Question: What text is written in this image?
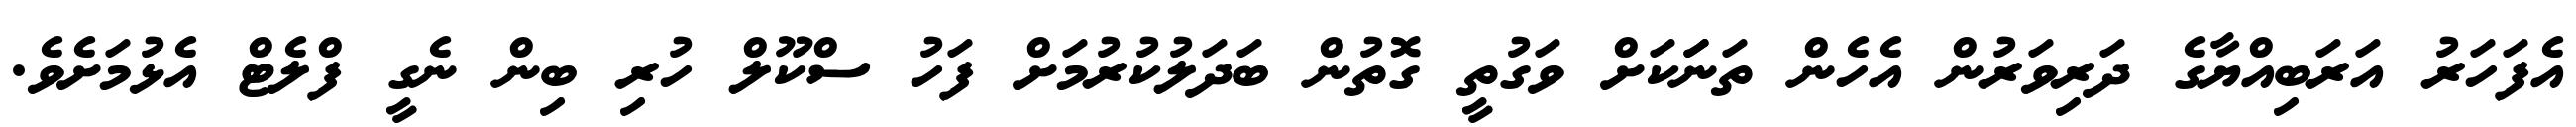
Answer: އެފަހަރު އަރަބިއްޔާގެ ދަރިވަރުން އެހެން ތަނަަކަށް ވަގުތީ ގޮތުން ބަދަލުކުރުމަށް ފަހު ސްކޫލް ހުރި ބިން ނެގީ ފްލެޓް އެޅުމަށެވެ.